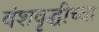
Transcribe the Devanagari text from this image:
वंशवृद्धीच्या